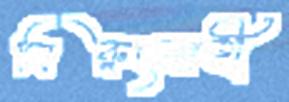
নিরুৎসাহী